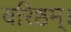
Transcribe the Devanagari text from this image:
वरिष्ठम्‌।